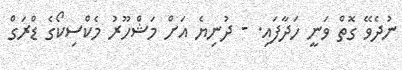
ނުދެވޭ ގޮތް ވަނީ ހަދާފައި. - ދުނިޔެ އަށް މަޝްހޫރު މެކްސިކޯގެ ޑްރަގް